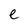
Character: e